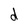
Character: d